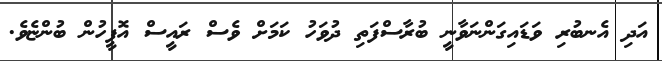
އަދި އެނބުރި ވަޑައިގަންނަވާނީ ބުރާސްފަތި ދުވަހު ކަމަށް ވެސް ރައީސް އޮފީހުން ބުންޏެވެ.